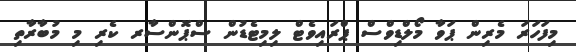
މިފަހަރަ މެރިން ޕަވާ މޯލްޑިވްސް ޕްރައިވެޓް ލިމިޓެޑުން ސްޕޮންސާރ ކެރި މި މުބާރާތި